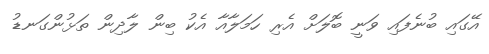
އޭގައި ބުނެފައި ވަނީ ބޮލަށް އެރި ހަމަލާއާ އެކު ބިން ލާދިން ތަޅުންގަނޑު